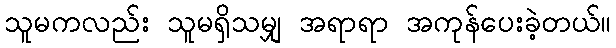
သူမကလည်း သူမရှိသမျှ အရာရာ အကုန်ပေးခဲ့တယ်။